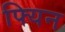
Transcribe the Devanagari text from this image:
फ्यिन